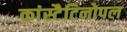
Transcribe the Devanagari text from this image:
कांस्टैटिनोपल